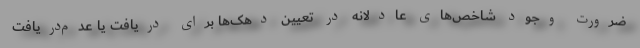
ضرورت وجود شاخص‌های عادلانه در تعیین دهک‌ها برای دریافت یا عدم‌دریافت